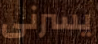
يسرنى